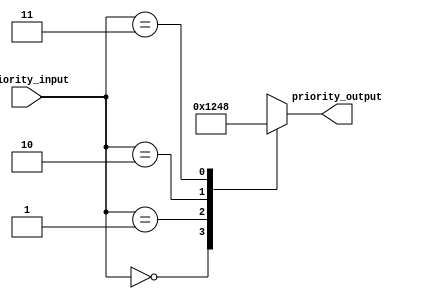
module priority_case (
    input wire [1:0] priority_input,
    output reg [3:0] priority_output
);

always @*
begin
    case (priority_input)
        2'b00: priority_output = 4'b0001; // Priority 0
        2'b01: priority_output = 4'b0010; // Priority 1
        2'b10: priority_output = 4'b0100; // Priority 2
        2'b11: priority_output = 4'b1000; // Priority 3
        default: priority_output = 4'b0000; // Default case
    endcase
end

endmodule